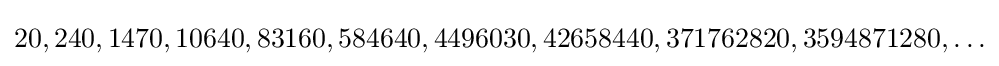
20,240,1470,10640,83160,584640,4496030,42658440,371762820,3594871280,\ldots